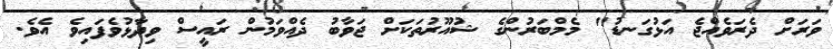
ވަރަށް ދެރަވެއްޖެ އަޅުގަނޑު" މެމްބަރުންގެ ޝުއޫރުތަކަށް ޖަވާބު ދެއްވަމުން ރައީސް ވިދާޅުވެފައިވެ އެވެ.